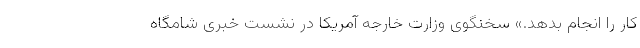
کار را انجام بدهد.» سخنگوی وزارت خارجه آمریکا در نشست خبری شامگاه